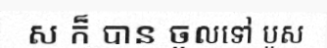
ស ក៏ បាន ចូលទៅ បួស